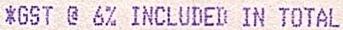
*GST @ 6% INCLUDED IN TOTAL